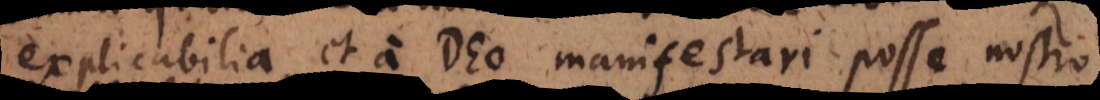
explicabilia, et a Deo manifestari posse nostro